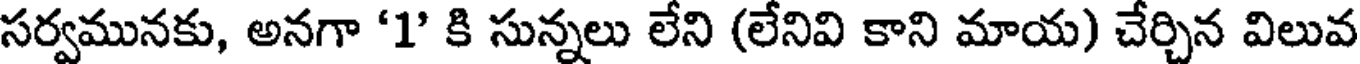
సర్వమునకు, అనగా '1' కి సున్నలు లేని (లేనివి కాని మాయ) చేర్చిన విలువ